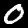
Digit: 0